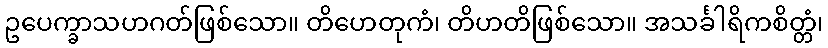
ဥပေက္ခာသဟဂတ်ဖြစ်သော။ တိဟေတုကံ၊ တိဟတိဖြစ်သော။ အသင်္ခါရိကစိတ္တံ၊